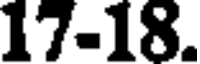
17-18.